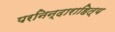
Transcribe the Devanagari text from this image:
परनिन्दाराहित्य